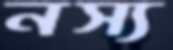
নস্য